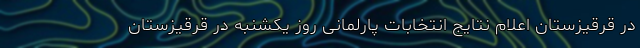
در قرقیزستان اعلام نتایج انتخابات پارلمانی روز یکشنبه در قرقیزستان